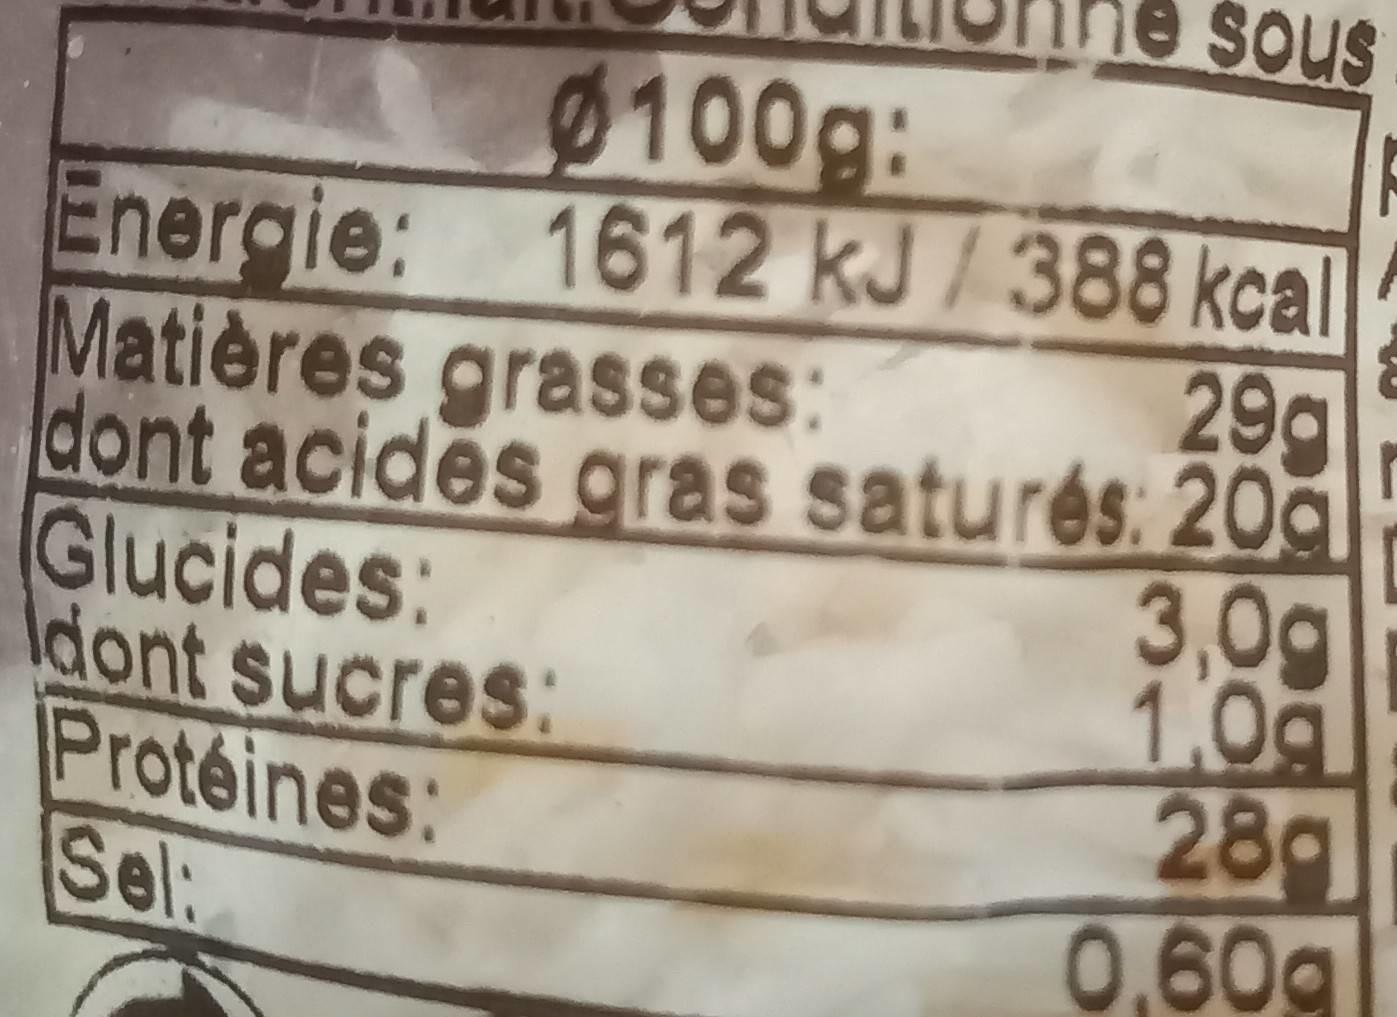
Sous
e sous
0100g:
Energie: 1612 kJ/388 kcal Matières grasses: dont acides gras saturés: 209 Glucides: Idont sucres: Proteines: Sel:
29g
3,0g 1.0g 28 0,60g